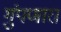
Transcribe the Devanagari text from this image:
गुंपणारा